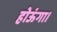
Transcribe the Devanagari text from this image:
होऊंगा।